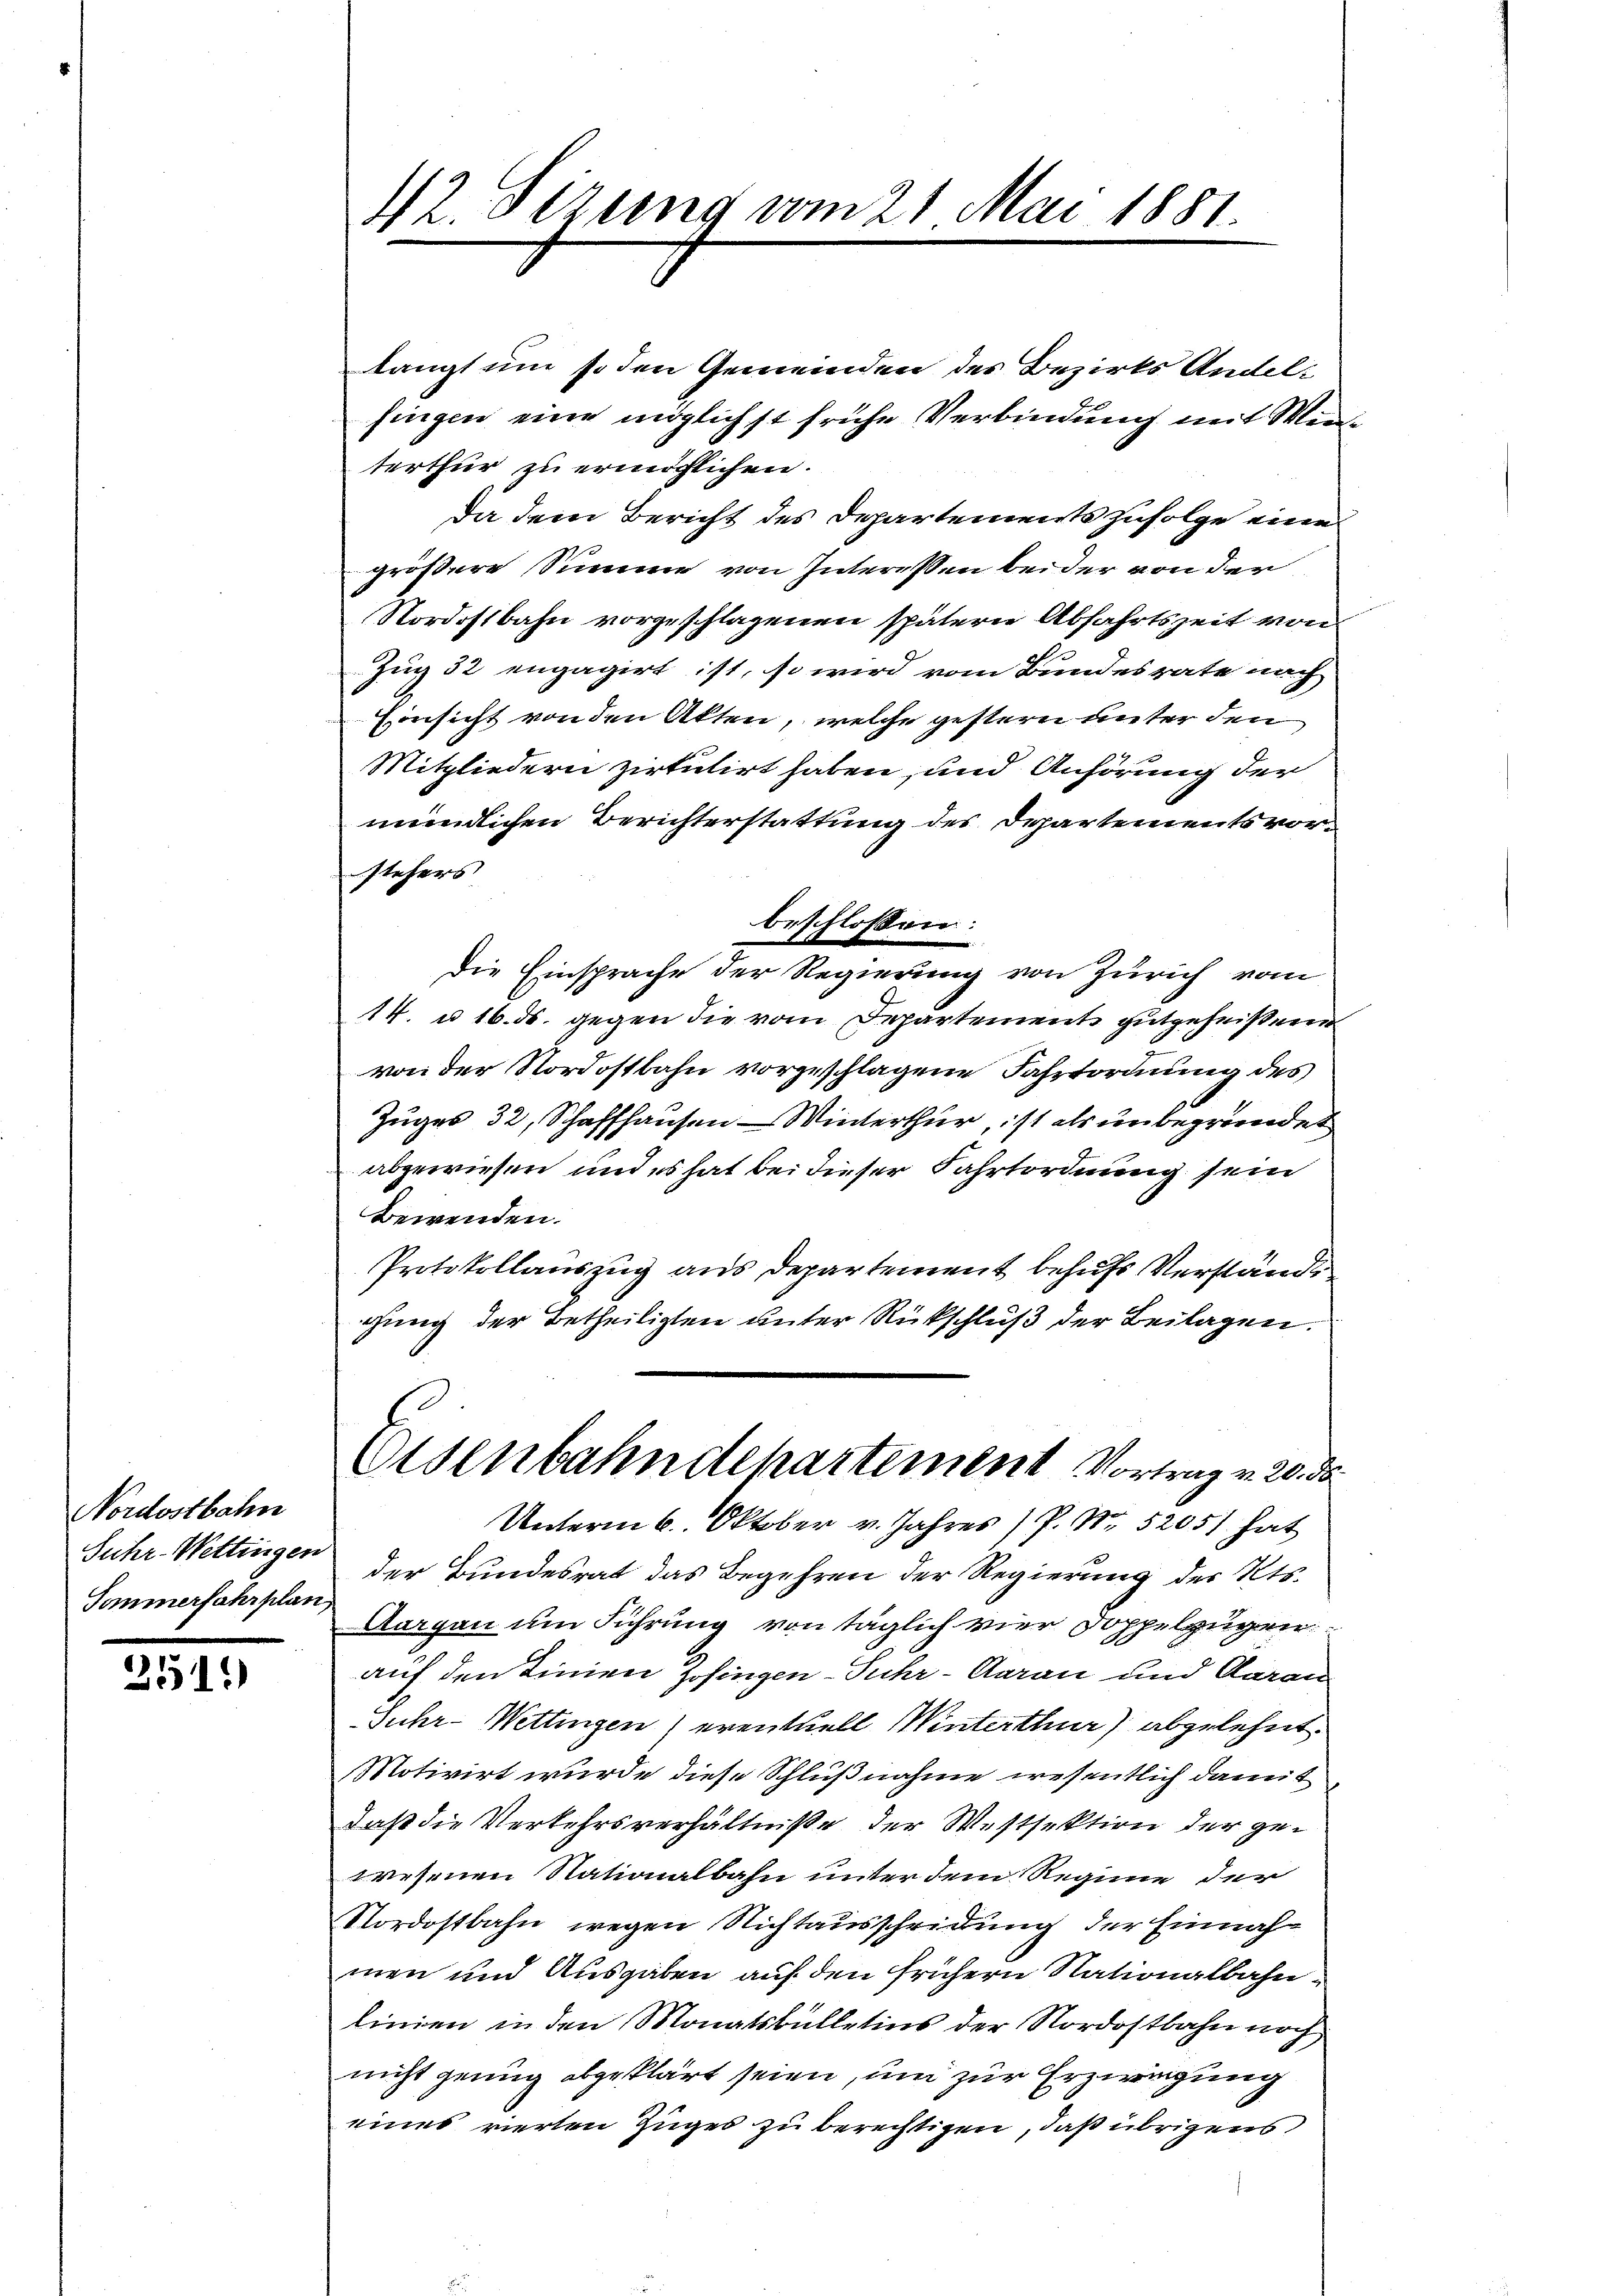
Nordostbahn
Suhr-Wettingen
Sommerfahrplan,

251.

42. Sizung vom 21. Mai 1881.

langt um so den Gemeinden des Bezirks Andelsingen eine möglichst frühe Verbindung mit Winterthur zu ermöglichen.
Da dem Bericht des Departements zufolge eine
größere Sinnen von Interessen beider von der
Nordostbahn vorgeschlagenen spätere Abfahrtszeit von
Zug 32 engagirt ist, so wird vom Bundesrate nach
Einsicht von den Akten, welche gestern unter den
Mitgliedern zirkulirt haben, und Anhörung der
mündlichen Berichterstattung des Departements vorstehers
die Einsprache der Regierung von Zürich vom
14. u. 16. ds. gegen die vom Departemente gutgeheißen
von der Nordostbahn vorgeschlagene Fahrtordnung des
Zuges 32, Schaffhausen Winterthur, ist als unbegründet
abgewiesen und es hat bei dieser Fahrtordnung sein
Bewenden.
Protokollauszug aus Departement behufs Verstände
gung der Betheiligten unter Rückschluß der Beilagen.
Eisenbahndepartement Vortrag v. 20. ds.
Unterm 6. Oktober v. Jahres P. Nr. 5205) hat
der Bundesrat das Begehren der Regierung des Kts.
Aargau um Führung von täglich vier Doppelzügen
auf den Linien Zofingen-Tuhr-Aarau und Aarau
Suhr- Wettingen) eventuell Winterthur) abgelehnt.
Motivirt wurde diese Schlußnahme wesentlich damit
daß die Verkehrsverhältniße der Westsektion der gewesenen Nationalbahn unter dem Regime der
Nordostbahn wegen Nichtausscheidung der Einnahmen und Ausgaben auf den frühern Nationalbahnlinien in den Monatsbulletins der Nordostbahn noch
nicht genug abgeklärt seien, um zur Erzwingung
eines vierten Zuges zu berechtigen, daß übrigens,

beschlossen: